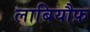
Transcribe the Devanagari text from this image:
लाबियौफ़